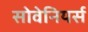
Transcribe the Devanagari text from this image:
सोवेनियर्स